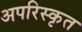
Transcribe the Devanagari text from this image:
अपरिस्कृत